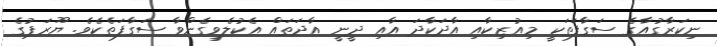
ނިކަރާގުއާގެ ސަގާފަތަކީ މިއުޒިކާއި އާދަކާދަ އާއި ދީނީ އާދަތައް އެކުލެވިގެންވާ ސަގާފަތެކެވެ. ޔޫރަޕުގެ